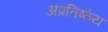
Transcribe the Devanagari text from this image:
अप्रतिष्ठेय